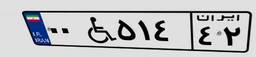
۲۹W۰۳۷۹۵